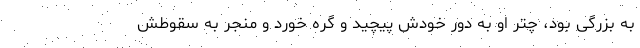
به بزرگی بود، چتر او به دور خودش پیچید و گره خورد و منجر به سقوطش